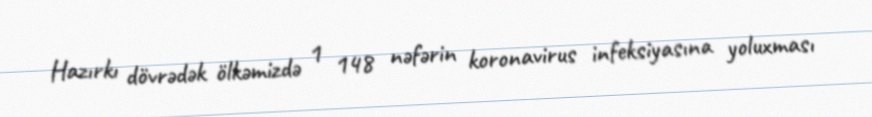
Hazırkı dövrədək ölkəmizdə 1 148 nəfərin koronavirus infeksiyasına yoluxması